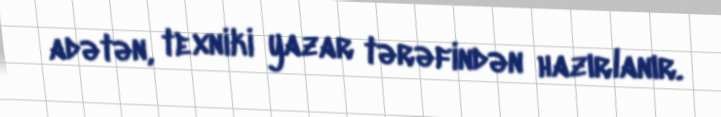
adətən, texniki yazar tərəfindən hazırlanır.